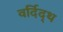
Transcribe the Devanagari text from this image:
वर्दिद्थ